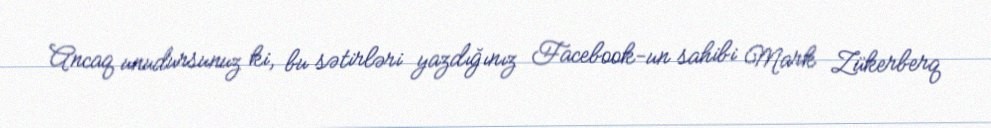
Ancaq unudursunuz ki, bu sətirləri yazdığınız Facebook-un sahibi Mark Zükerberq